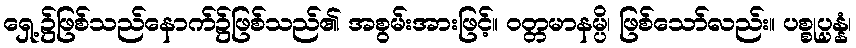
ရှေ့၌ဖြစ်သည်နောက်၌ဖြစ်သည်၏ အစွမ်းအားဖြင့်။ ဝတ္တမာနမ္ပိ၊ ဖြစ်သော်လည်း။ ပစ္စုပ္ပန္နံ၊